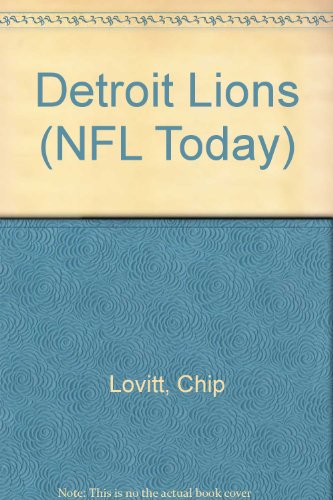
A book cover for Detroit Lions (NFL Today); Chip Lovitt; Teen & Young Adult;